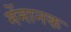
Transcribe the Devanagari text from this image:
मेंमानक